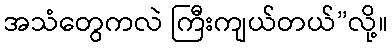
အသံတွေကလဲ ကြီးကျယ်တယ်”လို့။